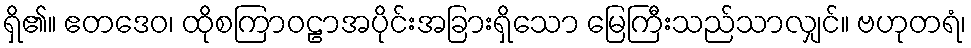
ရှိ၏။ ဧတဒေဝ၊ ထိုစကြာဝဠာအပိုင်းအခြားရှိသော မြေကြီးသည်သာလျှင်။ ဗဟုတရံ၊